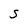
Character: S